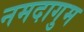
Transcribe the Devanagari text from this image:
नमदागुम